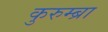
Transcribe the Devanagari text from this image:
कुरुम्ब्रा